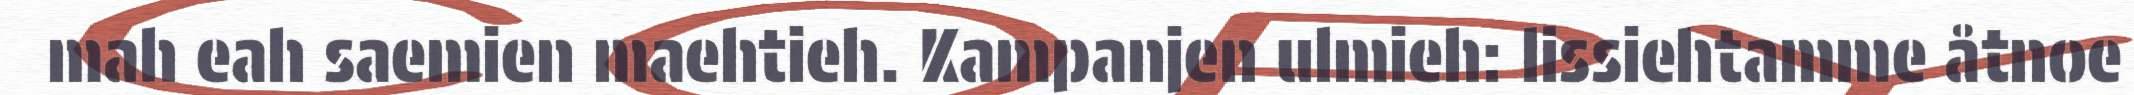
mah eah saemien maehtieh. Kampanjen ulmieh: lissiehtamme åtnoe